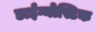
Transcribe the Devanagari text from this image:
डाईग्नोस्टिक